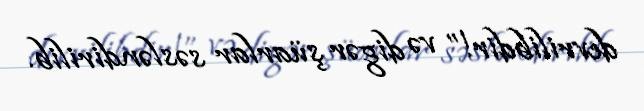
devrilibdir!” və digər şüarlar səsləndirilib.